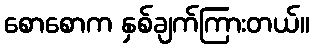
စောစောက နှစ်ချက်ကြားတယ်။